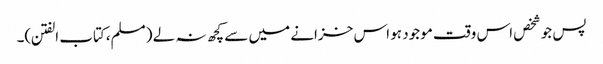
پس جو شخص اس وقت موجود ہو اس خزانے میں سے کچھ نہ لے (مسلم،کتاب الفتن)۔